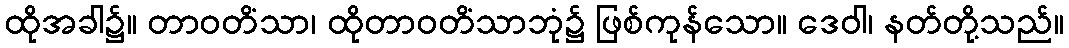
ထိုအခါ၌။ တာဝတိံသာ၊ ထိုတာဝတိံသာဘုံ၌ ဖြစ်ကုန်သော။ ဒေဝါ၊ နတ်တို့သည်။